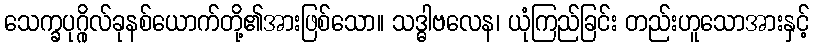
သေက္ခပုဂ္ဂိုလ်ခုနစ်ယောက်တို့၏အားဖြစ်သော။ သဒ္ဓါဗလေန၊ ယုံကြည်ခြင်း တည်းဟူသောအားနှင့်